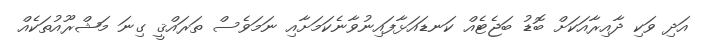
އަދި ވަކި ދާއިރާއަކަށް ބޮޑު ބަޖެޓެއް ކަނޑައަޅާފައިނުވާނެކަމަށާއި ނަމަވެސް ތަރައްޤީ ގިނަ މަޝްރޫއުތަކެއް